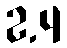
2.4